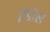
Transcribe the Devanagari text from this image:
इंडोल